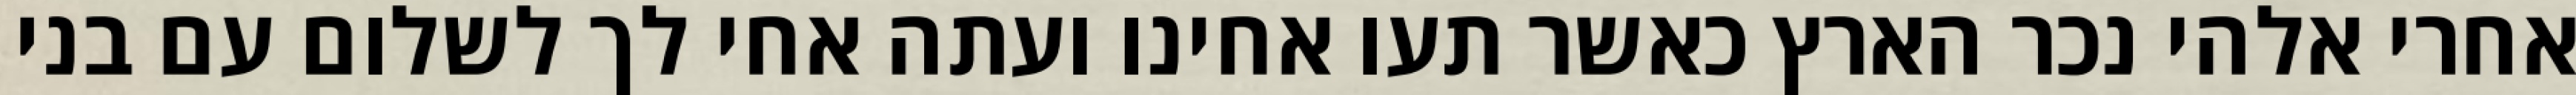
אחרי אלהי נכר הארץ כאשר תעו אחינו ועתה אחי לך לשלום עם בני